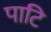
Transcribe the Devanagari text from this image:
पाटि